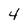
Character: 4